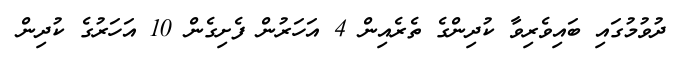
ދުވުމުގައި ބައިވެރިވާ ކުދިންގެ ތެރެއިން 4 އަހަރުން ފެށިގެން 10 އަހަރުގެ ކުދިން